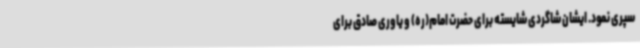
سپری نمود. ایشان شاگردی شایسته برای حضرت امام(ره) و یاوری صادق برای